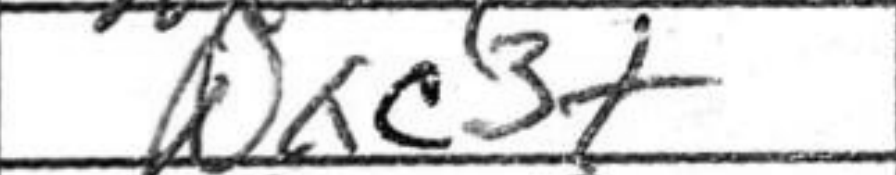
Transcription: Nxc3+